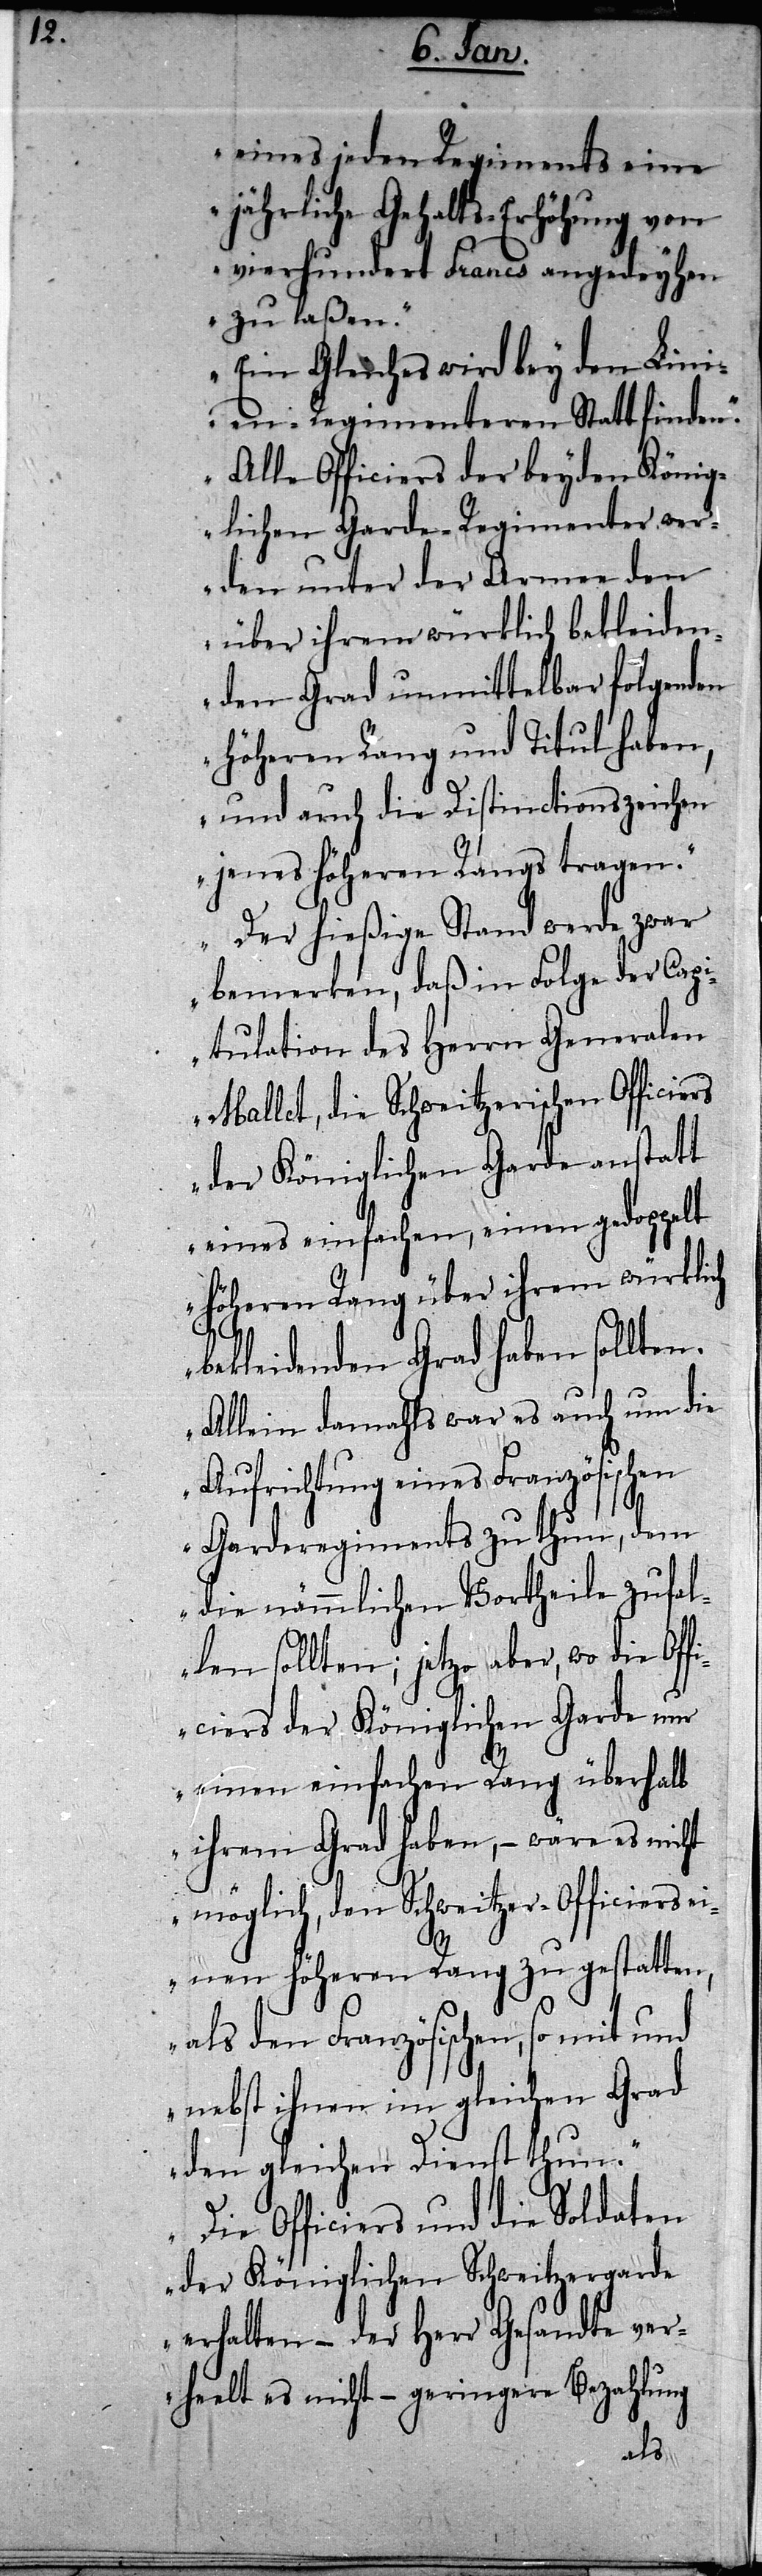
en

eines jeden Regiments eine
jährliche Gehalts-Erhöhung von
vierhundert Francs angedeyhen
zu laßen.“
„Ein Gleiches wird bey den Lini¬
en-Regimenteren Statt finden.“
„Alle Officiers der beyden König¬
lichen Garde-Regimenter wer¬
den unter der Armee den
über ihrem würklich bekleiden¬
den Grad unmittelbar folgend¬
Höheren Rang und Titul haben,
und auch die Distinctionszeichen
jenes Höheren Rangs tragen.“
„Der hießige Stand werde zwar
bemerken, daß in Folge der Cap¬
itulation des Herrn Generalen
Mallet, die Schweitzerischen Officiers
der Königlichen Garde anstatt
eines einfachen, einen gedoppelt
höheren Rang über ihrem würklich
bekleidenden Grad haben sollten.
Allein damahls war es auch um die
Aufrichtung eines Französischen
Garderegiments zu thun, dem
die nämmlichen Vortheile zufal¬
len sollten; jetzo aber, wo die Off¬
iciers der Königlichen Garde nur
einen einfachen Rang überhalb
ihrem Grad haben, – wäre es nicht
möglich, den Schweitzer-Officiers ei¬
nen höheren Rang zu gestatten,
als den Französischen, so mit und
nebst ihnen im gleichen Grad
den gleichen Dienst thun.“
„Die Officiers und die Soldaten
der Königlichen Schweitzergarde
erhalten – der Herr Gesandte ver¬
heelt es nicht – geringere Bezahlung